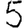
Digit: 5